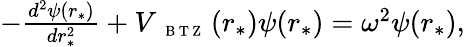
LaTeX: \begin{array}{r}{-\frac{d^{2}\psi(r_{*})}{dr_{*}^{2}}+V_{\mathrm{~{~\scriptsize~B~T~Z~}~}}(r_{*})\psi(r_{*})=\omega^{2}\psi(r_{*}),}\end{array}